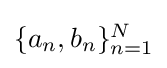
\textstyle \{a_{n},b_{n}\}_{n=1}^{N}